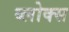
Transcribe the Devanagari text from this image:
ब्लोक्स